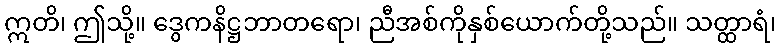
ဣတိ၊ ဤသို့။ ဒွေကနိဋ္ဌဘာတရော၊ ညီအစ်ကိုနှစ်ယောက်တို့သည်။ သတ္ထာရံ၊